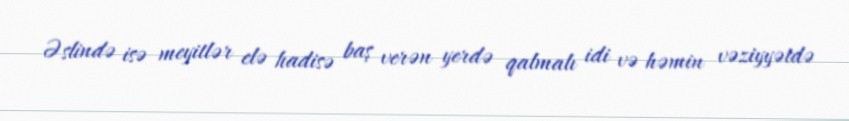
Əslində isə meyitlər elə hadisə baş verən yerdə qalmalı idi və həmin vəziyyətdə